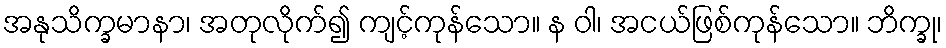
အနုသိက္ခမာနာ၊ အတုလိုက်၍ ကျင့်ကုန်သော။ န ဝါ၊ အငယ်ဖြစ်ကုန်သော။ ဘိက္ခု၊